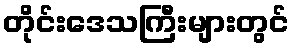
တိုင်းဒေသကြီးများတွင်